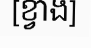
[ខ្វាង]